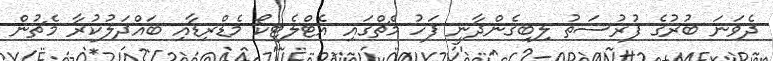
ދެވަނަ ބުރުގެ ފުރުސަތު ލިބިގެންދާނީ ފަހު މެޗްގައި އެޓްލެޓިކޯ މެޑްރިޑާއި ބައްދަލުކުރާ މެޗުން